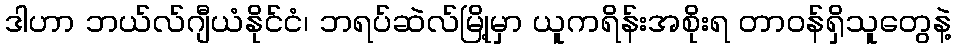
ဒါဟာ ဘယ်လ်ဂျီယံနိုင်ငံ၊ ဘရပ်ဆဲလ်မြို့မှာ ယူကရိန်းအစိုးရ တာဝန်ရှိသူတွေနဲ့